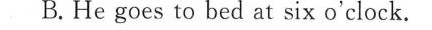
B.He goes to bed at six o'clock.